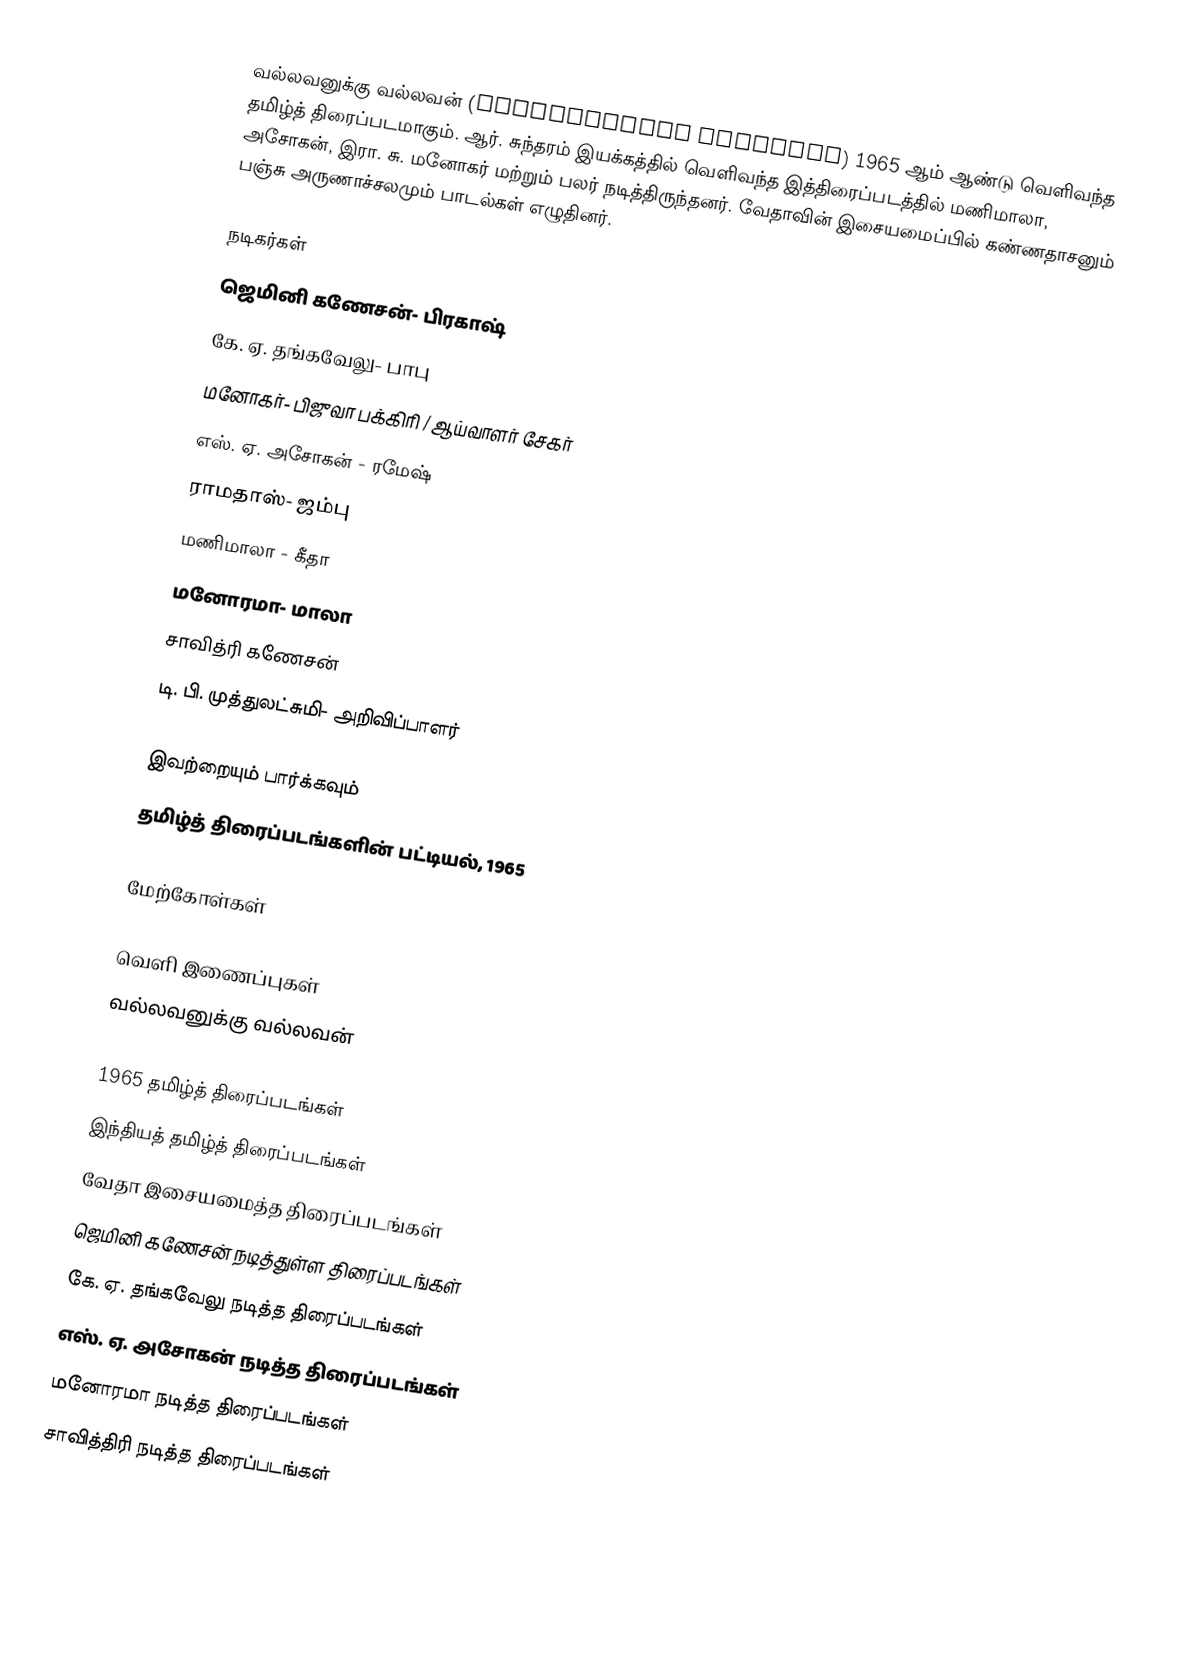
வல்லவனுக்கு வல்லவன் (Vallavanukku Vallavan) 1965 ஆம் ஆண்டு வெளிவந்த தமிழ்த் திரைப்படமாகும். ஆர். சுந்தரம் இயக்கத்தில் வெளிவந்த இத்திரைப்படத்தில் மணிமாலா, அசோகன், இரா. சு. மனோகர் மற்றும் பலர் நடித்திருந்தனர். வேதாவின் இசையமைப்பில் கண்ணதாசனும் பஞ்சு அருணாச்சலமும் பாடல்கள் எழுதினர்.

நடிகர்கள்
 ஜெமினி கணேசன்- பிரகாஷ்
 கே. ஏ. தங்கவேலு- பாபு
 மனோகர்- பிஜுவா பக்கிரி / ஆய்வாளர் சேகர்
 எஸ். ஏ. அசோகன் - ரமேஷ்
 ராமதாஸ்- ஜம்பு
 மணிமாலா - கீதா
 மனோரமா- மாலா
 சாவித்ரி கணேசன்
 டி. பி. முத்துலட்சுமி- அறிவிப்பாளர்

இவற்றையும் பார்க்கவும்
 தமிழ்த் திரைப்படங்களின் பட்டியல், 1965

மேற்கோள்கள்

வெளி இணைப்புகள்
 வல்லவனுக்கு வல்லவன்

1965 தமிழ்த் திரைப்படங்கள்
இந்தியத் தமிழ்த் திரைப்படங்கள்
வேதா இசையமைத்த திரைப்படங்கள்
ஜெமினி கணேசன் நடித்துள்ள திரைப்படங்கள்
கே. ஏ. தங்கவேலு நடித்த திரைப்படங்கள்
எஸ். ஏ. அசோகன் நடித்த திரைப்படங்கள்
மனோரமா நடித்த திரைப்படங்கள்
சாவித்திரி நடித்த திரைப்படங்கள்